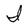
Character: I